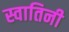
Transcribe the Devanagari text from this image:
स्वातिनी